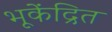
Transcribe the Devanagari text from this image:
भूकेंद्रित